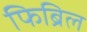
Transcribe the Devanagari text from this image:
फिब्रिल